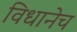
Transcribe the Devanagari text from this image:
विधानेच